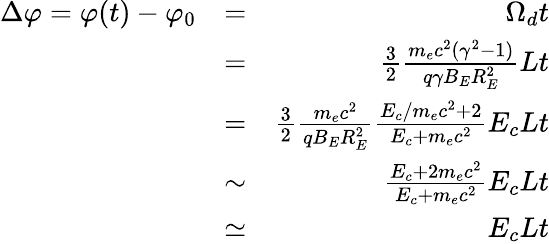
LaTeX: \begin{array}{rlr}{\Delta\varphi=\varphi(t)-\varphi_{0}}&{=}&{\Omega_{d}t}\\ &{=}&{\frac{3}{2}\frac{m_{e}c^{2}(\gamma^{2}-1)}{q\gamma B_{E}R_{E}^{2}}Lt}\\ &{=}&{\frac{3}{2}\frac{m_{e}c^{2}}{{qB_{E}R_{E}^{2}}}\frac{E_{c}/m_{e}c^{2}+2}{E_{c}+m_{e}c^{2}}E_{c}Lt}\\ &{\sim}&{\frac{E_{c}+2m_{e}c^{2}}{E_{c}+m_{e}c^{2}}E_{c}Lt}\\ &{\simeq}&{E_{c}Lt}\end{array}